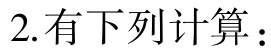
2. 有下列计算：